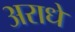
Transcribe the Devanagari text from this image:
अराधे